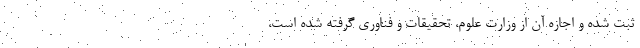
ثبت شده و اجازه آن از وزارت علوم، تحقیقات و فناوری گرفته شده است،